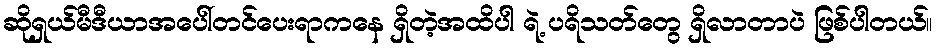
ဆိုရှယ်မီဒီယာအပေါ်တင်ပေးရာကနေ ရှိတဲ့အထိပါ ရဲ့ ပရိသတ်တွေ ရှိလာတာပဲ ဖြစ်ပါတယ်။